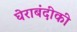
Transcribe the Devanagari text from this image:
घेराबंदीकी